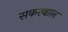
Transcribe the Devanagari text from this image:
सकरवाल